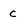
Character: c